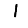
Digit: 1